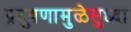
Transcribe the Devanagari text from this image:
प्रदुषणामुळेसुध्दा